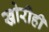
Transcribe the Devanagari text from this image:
खोरीही